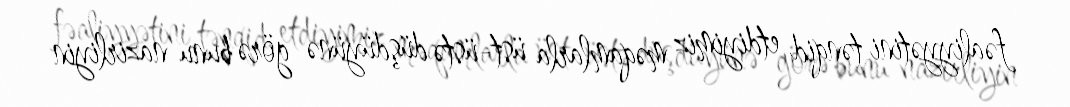
fəaliyyətini tənqid etdiyimiz məqamlarla üst-üstə düşdüyünə görə bunu nazirliyin